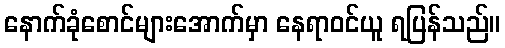
နောက်ခုံစောင်များအောက်မှာ နေရာဝင်ယူ ရပြန်သည်။